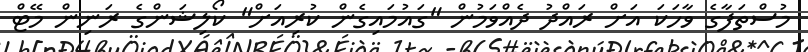
މުސްތަފާގެ ވާހަކަ އަށް ރައްދު ދެއްވަމުން "ގައުމައިގެން ކުރިއަށް" ކޯލިޝަންގެ ރަނިން މޭޓް